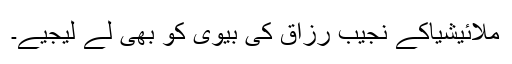
ملائیشیاکے نجیب رزاق کی بیوی کو بھی لے لیجیے۔